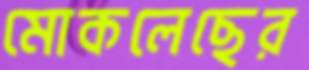
মোকলেছের